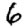
Digit: 6